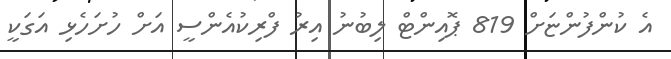
އެ ކުންފުންޏަށް 819 ޕޮއިންޓް ލިބުނު އިރު ފްރިކުއެންސީ އަށް ހުށަހެޅި އަގަކީ